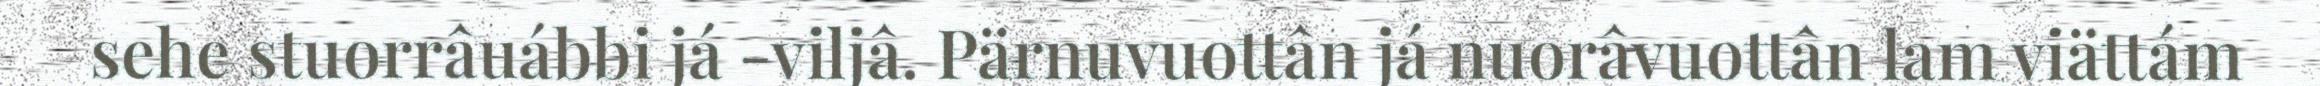
sehe stuorrâuábbi já -viljâ. Pärnuvuottân já nuorâvuottân lam viättám